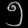
Digit: ၅